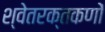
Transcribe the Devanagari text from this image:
श्वेतरक्तकणों